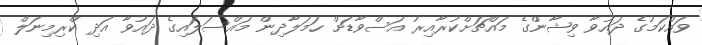
ވައްކަމުގެ ދައުވާ ވިޝާންގެ މައްޗަށްކުރާއިރު އަސްވާޑަށް ހަމަލާދިން މައްސަލައިގެ ދައުވާ އަދި ކްރިމިނަލް